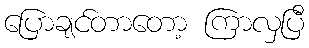
ပြောချင်တာတော့ ကြာလှပြီ